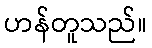
ဟန်တူသည်။